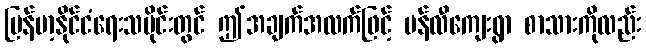
မြန်မာ့နိုင်ငံရေးသမိုင်းတွင် ဤအချက်အလက်ဖြင့် မန်လီကျေးရွာ စာသားကိုလည်း